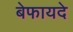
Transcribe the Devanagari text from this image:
बेफायदे